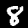
Digit: 8